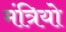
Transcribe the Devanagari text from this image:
मंत्रियो